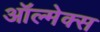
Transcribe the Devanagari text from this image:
ऑल्मेक्स